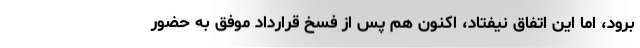
برود، اما این اتفاق نیفتاد، اکنون هم پس از فسخ قرارداد موفق به حضور